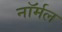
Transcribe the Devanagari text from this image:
नाॅर्मल